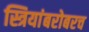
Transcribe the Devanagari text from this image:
स्त्रियांबरोबरच